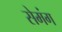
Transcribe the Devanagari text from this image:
सेमंग